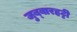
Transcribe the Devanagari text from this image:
जुब्‍बारहट्टी